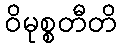
ဝိမုစ္စတီတိ